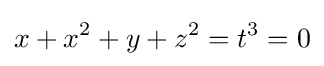
x+x^{2}+y+z^{2}=t^{3}=0